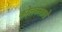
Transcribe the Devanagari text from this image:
कोलकातासे